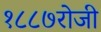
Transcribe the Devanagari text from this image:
१८८७रोजी